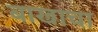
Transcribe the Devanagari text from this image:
बाखाचा